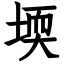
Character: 堧